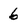
Character: 6